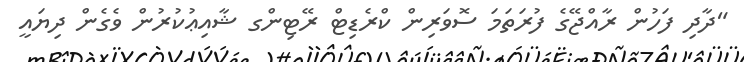
"ދާދި ފަހުން ރާއްޖޭގެ ފުރަތަމަ ސޮވަރިން ކްރެޑިޓް ރޭޓިންގ ޝާއިޢުކުރުން ވެގެން ދިޔައީ